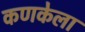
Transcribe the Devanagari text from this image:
कणकेला